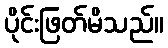
ပိုင်းဖြတ်မိသည်။